Medical and sanitary report of the native army of Bengal for the year
Year: 1877
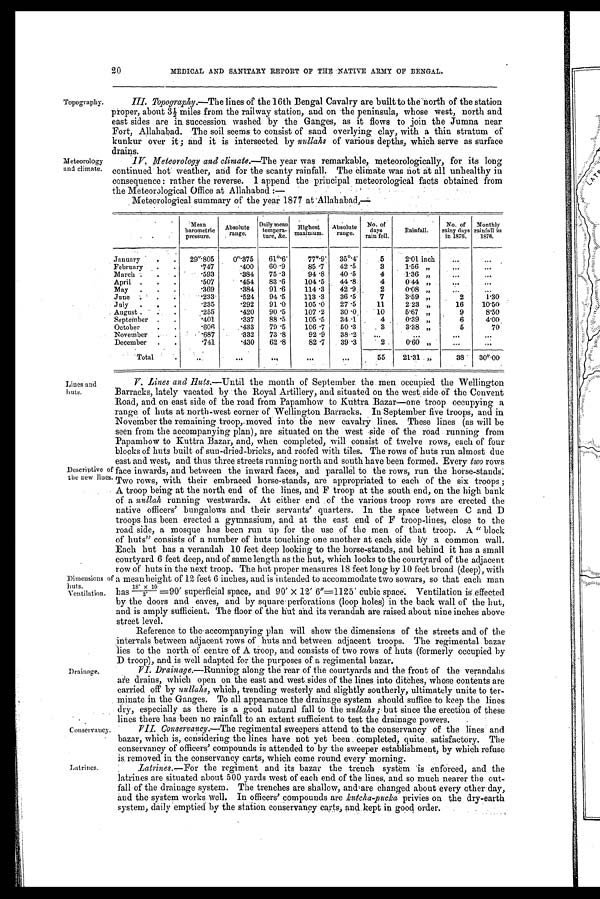
20
MEDICAL AND SANITARY REPORT OF THE NATIVE ARMY OF BENGAL.
Topography.
Meteorology
and climate.
Lines and
huts.
Descriptive o
the new lines
Dimensions
buts.
Ventilation.
Drainage.
. .
Conservancy.
Latrines.
III. Topography.—The lines of the 16th Bengal Cavalry are built to the north of the station
proper, a b o u t 3 ½ m i l e s f r o m t h e r a i l w a y s t a t i o n , a n d o n t h e p e n i n s u l a , w h o s e w e s t , n o r t h a n d
east sides are in succession washed by the Ganges, as it flows to join the Jumna near
Fort, Allahabad. The soil seems to consist of sand overlying clay, with a thin stratum of
kunkur over it . ; and it is intersected by nullahs of various depths, which serve as surface
drains.
IV. Meteorology and climate.—The year was remarkable, meteorologically, for its long
continued hot weather, and for the scanty rainfall. The climate was not at all unhealthy in
consequence : rather the reverse. I append the principal meteorological facts obtained from
the Meteorological Office at Allahabad:—
-
Meteorological summary of the year 1877 at Allahabad,—
Mean
barometric
pressure.
Absolute
range.
Daily mean
tempera-ture,&c.
Highest
maximum.
Absolute
range.
No. of
rain fell,
Rainfall.
No.of rainy days in 1876. Monthly rainfull in 1876.
January
2 8 " . 8 0 5
0 " . 3 7 5
6 1 º . 6 '
7 7 º . 9 '
3 5 º . 4 '
5
2.01 inch
...
. . .
February
. 7 4 7
. 4 0 0
6 0 . 9
8 5 . 7
4 0 . 5
3
1.56 „ ...
. . .
March
. 5 9 3
. 3 8 4
7 5 . 3
9 4 . 8
4 0 . 5
4
1.36 „
. . .
. . .
April
. 5 0 7
. 4 5 4
8 3 . 6
1 0 4 . 5
4 4 . 8
4
0.44 „
. . .
. . .
May
. 3 6 9
. 3 8 4
9 1 . 6
1 1 4 . 3
4 2 . 9 ,
2
0.08 „
. . .
. . .
June.
. 2 3 3
. 5 2 4
9 4 . 5
1 1 3 . 3
3 6 . 5
7
3.59 ,,
2
1 . 3 0
July
. 2 3 5
. 2 9 2
9 1 . 0
1 0 5 . 0
2 7 . 5
11
2.23 .„
16
10.50
A u g u s t
. 2 5 5
. 4 2 0
9 0 . 5
1 0 7 . 2
3 0 . 0
10
5'67 „
9
8 . 5 0
September
. 4 0 1
. 3 3 7
8 8 . 5
1 0 5 . 5
3 4 . 1 ,
4 ,
0-39 „
6
4 . 0 0
October
. 6 0 6
. 4 3 3
7 9 . 5
1 0 6 . 7
5 0 . 3
3
3'38 „
5
.70
November
. 6 8 7
. 3 3 2
7 3 . 8
9 2 . 9
5 0 . 3 ...
—.
. . .
. . .
December
. 7 4 1
. 4 3 0
6 2 . 8
8 2 . 7
3 9 . 3
2
0.60 „
. . .
. . .
Total
. . .
. . .
. . .
. . .
...
55
21.31 „
3 8
3 0 " . 0 0
Y. Lines and Ruts.—Until the month of September the men occupied the Wellington
Barracks, lately vacated by the Royal Artillery, and situated on the west . side of the Convent
Road, and on east side of the road from Papamhow to Kuttra Bazar—one troop occupying a
range of huts at north-west corner of Wellington Barracks. In September five troops, and in
.
.
November the remaining troop, moved into the new cavalry lines. These lines (as will be
seen from the accompanying plan), are situated on the west side of the road running from
Papamhow to Kuttra Bazar, and, when completed, will consist of twelve rows, each of four
blocks of huts built of sun-dried-bricks, and roofed with tiles. The rows of huts run almost due
east and west, and thus three streets running north and south have been formed. Every two rows
face inwards, and between the inward faces, and parallel to the rows, run the horse-stands.
Two rows, with their embraced horse-stands, are appropriated to each of the six troops ;
A troop being at the north end of the lines, and F troop at the south end, on the high bank
of a nullah running westwards. At either end of the various troop rows are erected the
native officers' bungalows and their servants' quarters. In the space between C and D
troops has been erected a gymnasium, and at the east end of F troop-lines, close to the
road side, a mosque has been run up for the use of the men of that troop. A " block
of huts" consists of a number of huts touching one another at each side by a common wall.
Each hut has a verandah 10 feet deep looking to the horse-stands, and behind it has a small
courtyard 6 feet deep, and of same length as the hut, which looks to the courtyard of the adjacent
row. of huts in the next troop. The hut proper measures 18 feet long by 10 feet broad (deep), with
o f
a m e a n h e i g h t o f 1 2 f e e t 6 i n c h e s , a n d i s i n t e n d e d t o a c c o m m o d a t e t w o s o w a r s , s o t h a t e a c h m a n
has 18x10/2=90' superficial space, and 90' X 12' 6"=1125' cubic space, Ventilation is effected
by the doors and eaves, and by square perforations (loop holes) in the back wall of the hut,
and is amply sufficient. The floor of the hut and its verandah are raised about nine inches above
street level.
Reference to the huts plan will show the dimensions of the streets and of the
intervals between adjacent rows of
accompanying
and between adjacent troops. The regimental bazar
lies to the north of centre of A troop, and consists of two rows of huts (formerly occupied by
D troop), and is well adapted for the purposes of a regimental bazar.
Drainage.—Running along the rear of the courtyards and the front of the verandahs
are drains, which open on the east and west sides of the lines into ditches, whose contents are
carried off by nullahs, which, trending westerly and slightly southerly, ultimately unite to ter-
- minate in the Ganges. To all appearance the drainage system should suffice to keep the lines
dry, especially as there is a good natural fall to the nullahs ; but since the erection of these
lines there has been no rainfall to an extent sufficient to test the drainage powers.
conservancy.—The regimental sweepers attend to the conservancy of the lines and
bazar, which is, considering the lines have not yet been completed, quite satisfactory. The
conservancy of officers' compounds is attended to by the sweeper establishment, by which refuse
is removed in the conservancy carts, which come round every morning.
Latrines.—For the regiment and its bazar the trench system is enforced, and the
latrines are situated about 500 yards west of each end of the lines, and so much nearer the out-
fall of the drainage system. The trenches are shallow, and are changed about every other day,
and the system works well. In officers' compounds are kutcha-pucka privies on the dry-earth
system, daily emptied by the station conservancy Carts, and kept in good order.